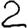
Digit: 2